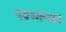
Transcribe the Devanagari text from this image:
एक्स्सेप्शन